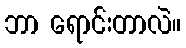
ဘာ ရောင်းတာလဲ။